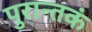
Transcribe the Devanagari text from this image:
पुरान्तकं